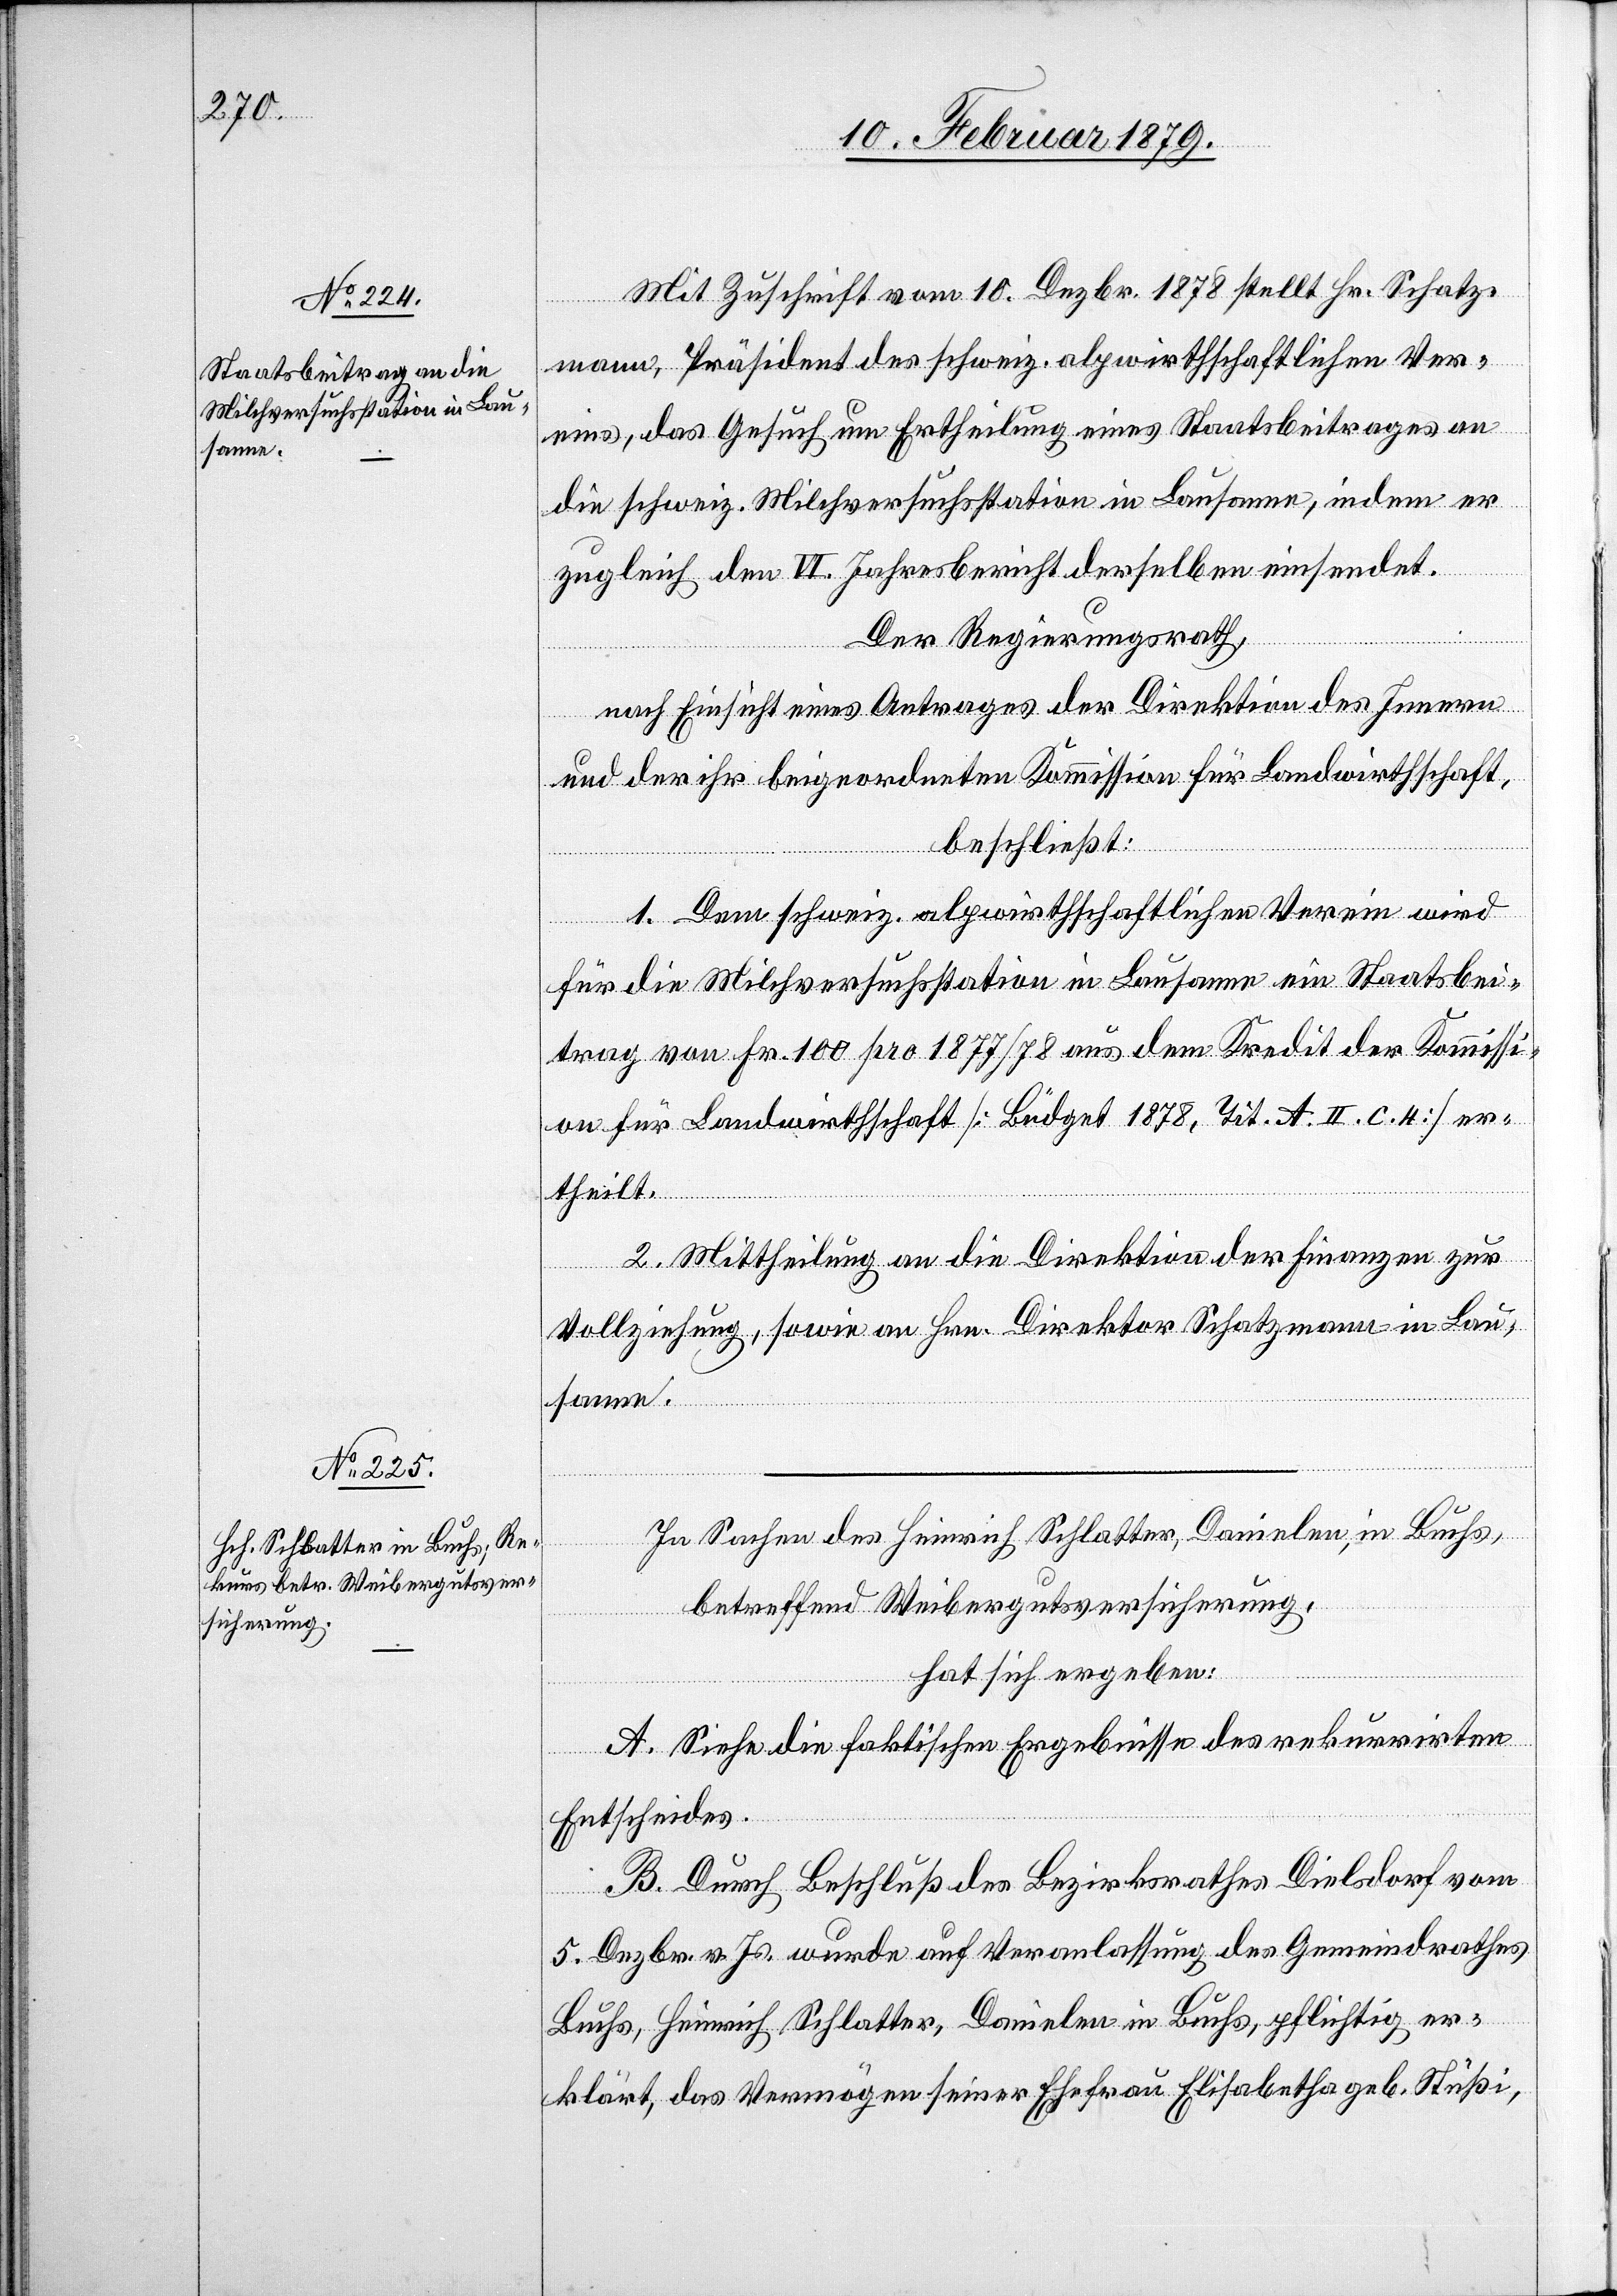
sanne.

Mit Zuschrift vom 10. Dezbr. 1878 stellt Hr. Schatz¬
mann, Präsident des schweiz. alpwirthschaftlichen Ver¬
eins, das Gesuch um Ertheilung eines Staatsbeitrages an
die schweiz. Milchversuchsstation in Lausanne, indem er
zugleich den VI. Jahresbericht derselben einsendet.
Der Regierungsrath,
nach Einsicht eines Antrages der Direktion des Innern
und der ihr beigeordneten Kommission für Landwirthschaft,
beschließt:
1. Dem schweiz. alpwirthschaftlichen Verein wird
für die Milchversuchsstation in Lausanne ein Staatsbei¬
trag von Fr. 100 pro 1877/78 aus dem Kredit der Kommissi¬
on für Landwirthschaft [Büdget 1878, Tit. A. II. C. 4] er¬
theilt.
2. Mittheilung an die Direktion der Finanzen zur
Vollziehung, sowie an Hrn. Direktor Schatzmann in Lau¬
In Sachen des Heinrich Schlatter, Danielen, in Buchs,
betreffend Weibergutsversicherung,
hat sich ergeben:
A. Siehe die faktischen Ergebnisse des rekurrirten
Entscheides.
B. Durch Beschluß des Bezirksrathes Dielsdorf vom
5. Dezbr. v. Js. wurde auf Veranlassung des Gemeindrathes
Buchs, Heinrich Schlatter, Danielen in Buchs, pflichtig er¬
klärt, das Vermögen seiner Ehefrau Elisabetha geb. Stüßi,